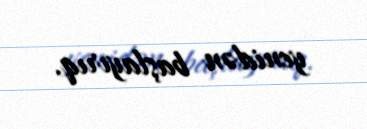
yenidən başlayırıq.